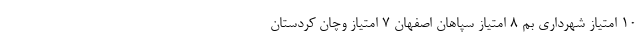
۱۰ امتیاز شهرداری بم ۸ امتیاز سپاهان اصفهان ۷ امتیاز وچان کردستان